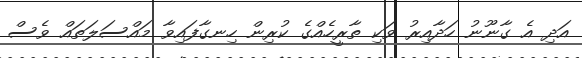
އަދި އެ ގާނޫނު ހަދާއިރު ވަކި ތާރީހެއްގެ ކުރިން ހިނގާފައިވާ މައްސަލަތައް ވެސް